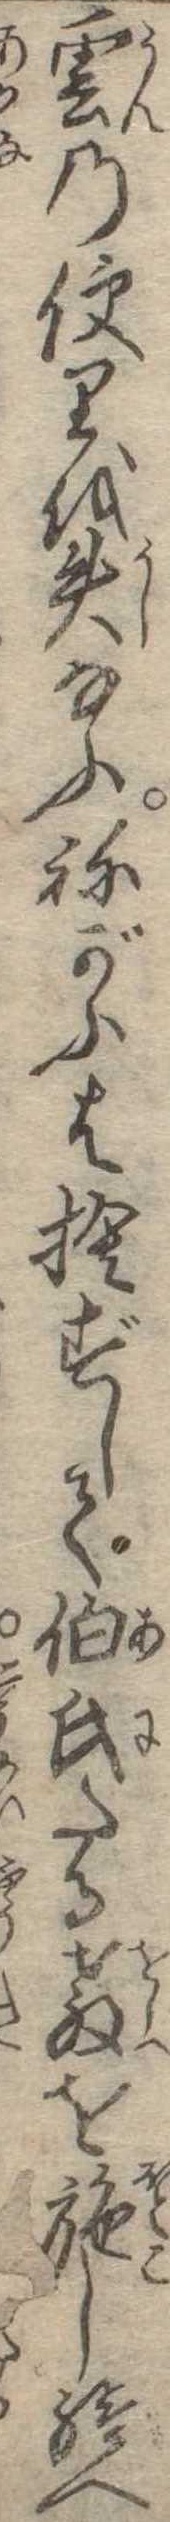
雲の便りを失なふねがふは捨ずして伯氏たる教を施し給へ